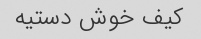
کیف خوش دستیه